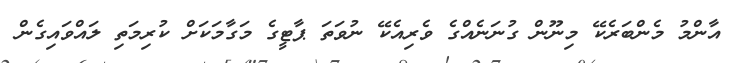
އާންމު މެންބަރެކޭ މިނޫން ގުނަނެއްގެ ވެރިއެކޭ ނުވަތަ ޕާޓީގެ މަގާމަކަށް ކުރިމަތި ލައްވައިގެން